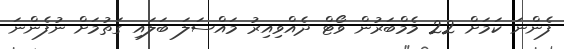
ފެންނަ ކަމަށް 22 މެމްބަރުން ވޯޓް ދެއްވިއިރު މައްސަލަ ބަލައި ގަތުމަށް ނުފެންނަ